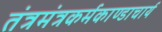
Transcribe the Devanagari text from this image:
तंत्रमंत्रकर्मकाण्डाचार्य